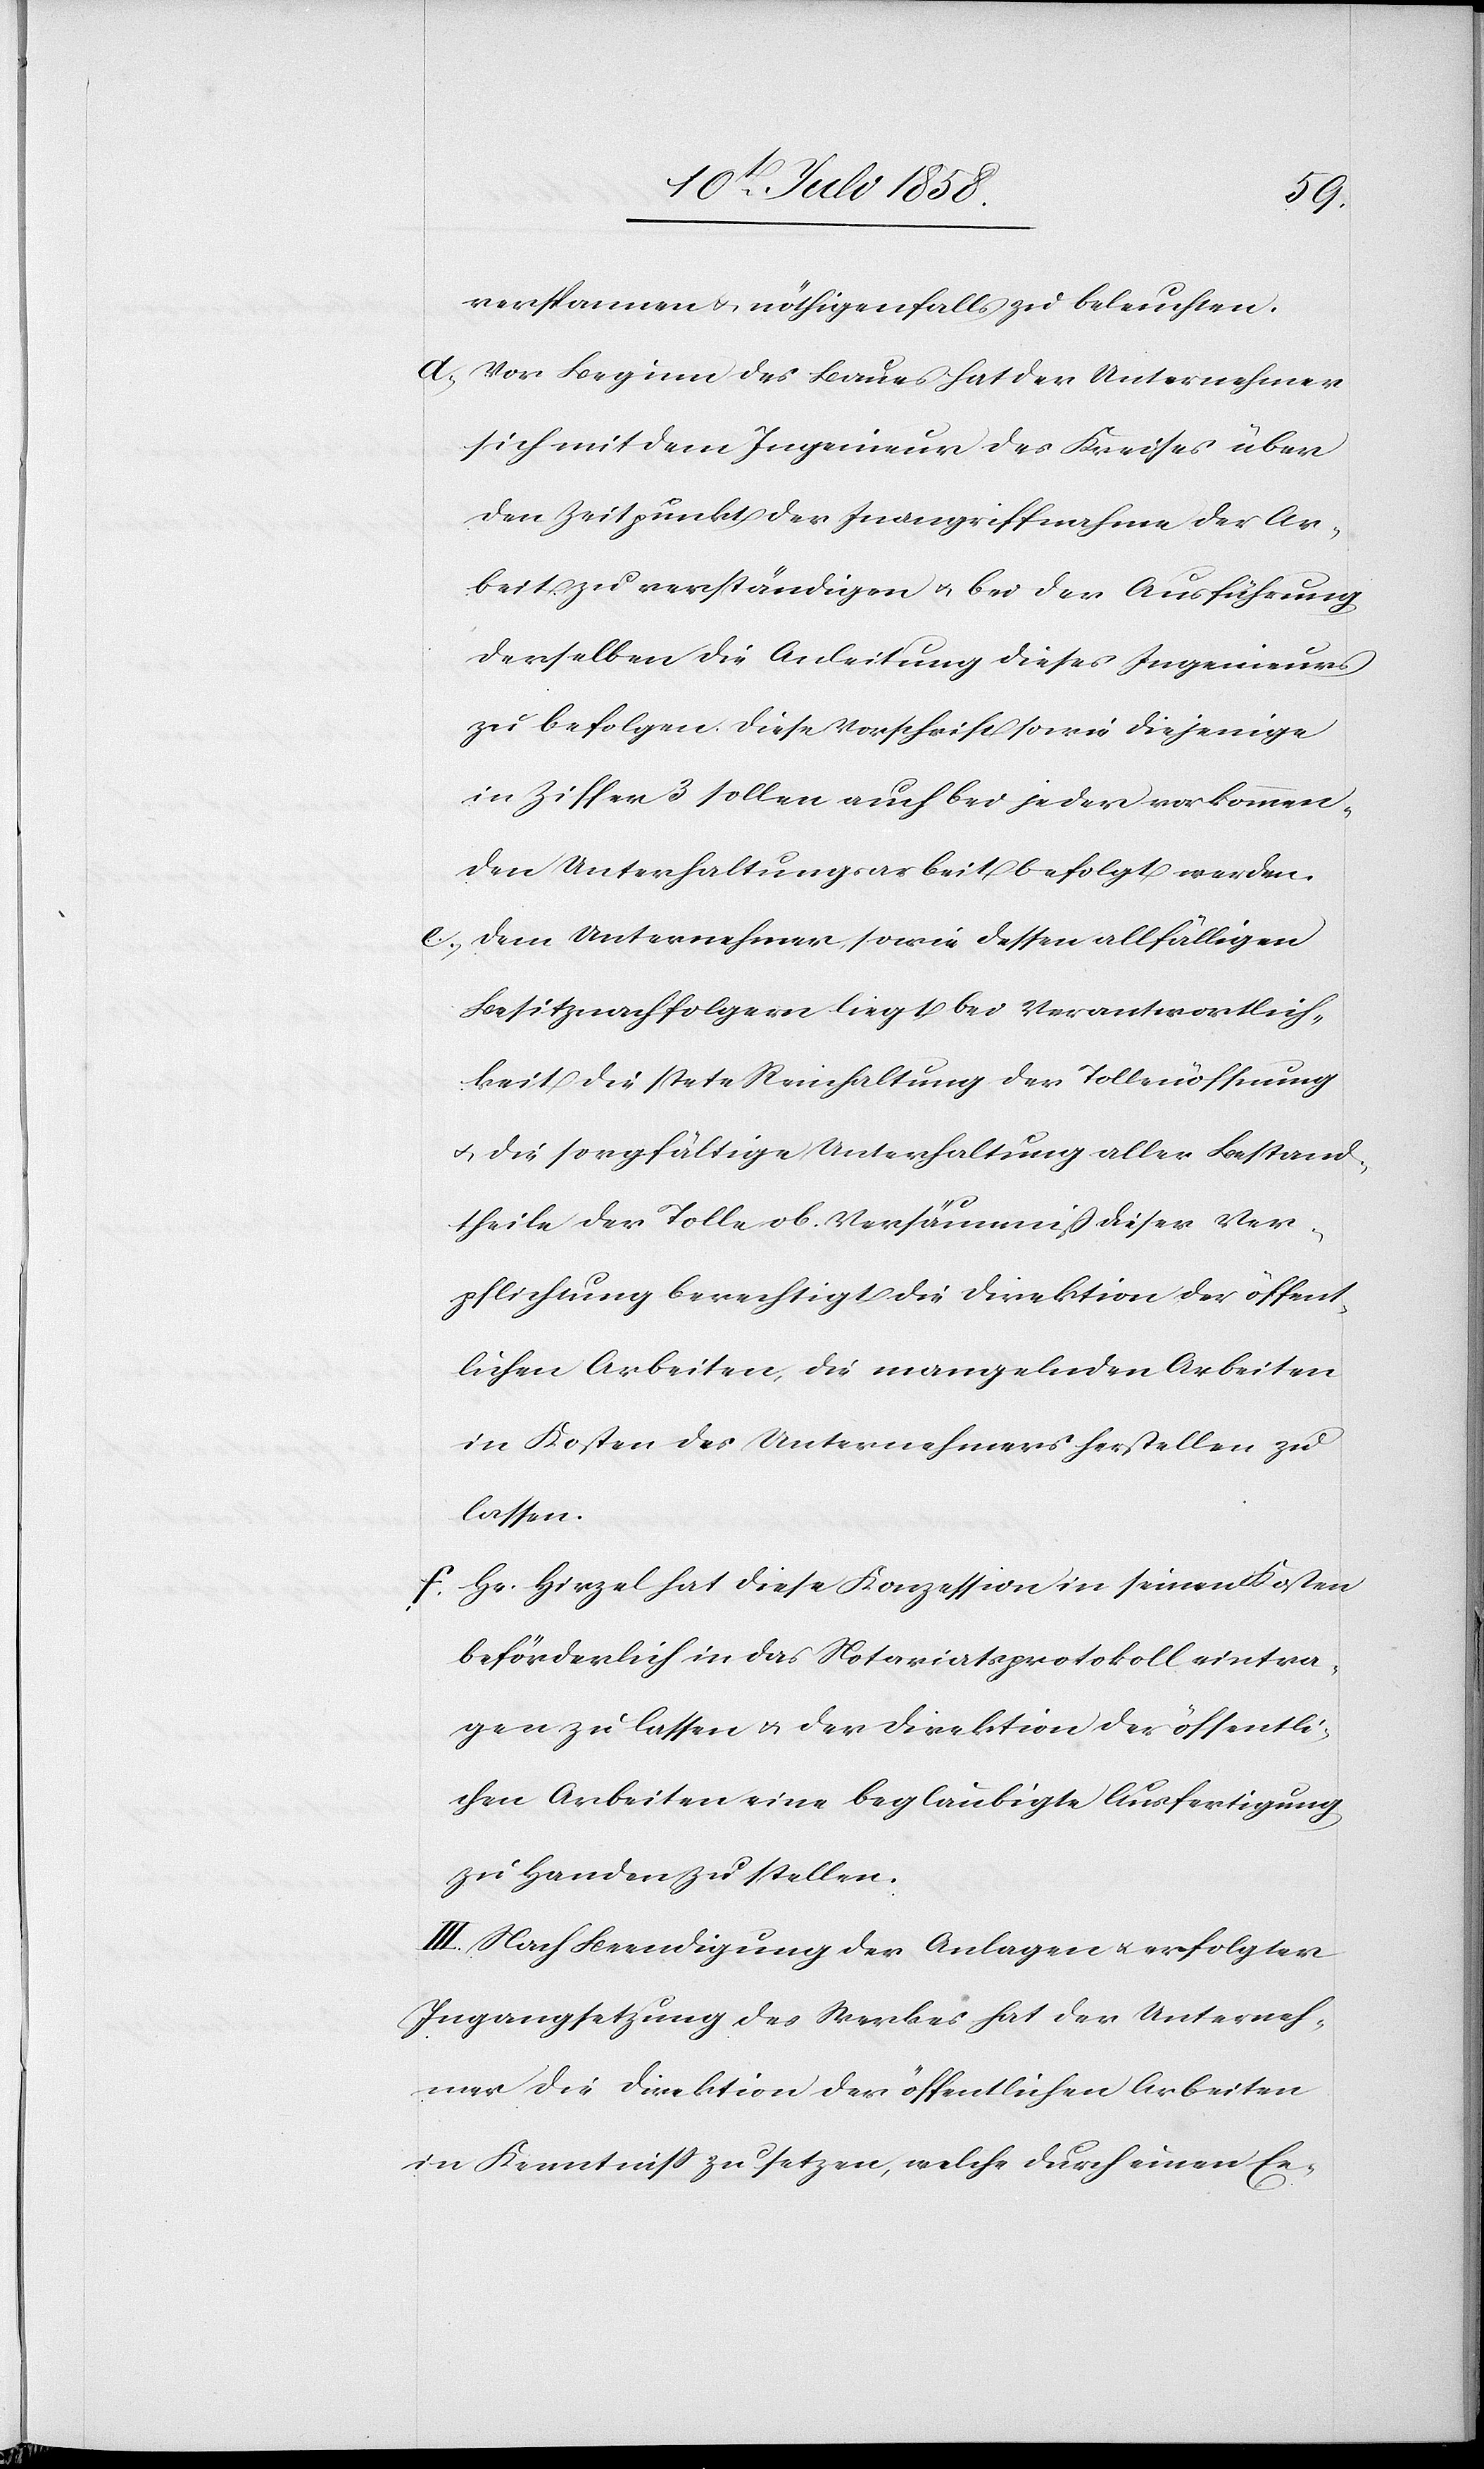
verspannen & nöthigenfalls zu beleuchten.
Vor Beginn des Baues hat der Unternehmer
sich mit dem Ingenieur des Kreises über
den Zeitpunkt der Inangriffnahme der Ar¬
beit zu verständigen & bei der Ausführung
derselben die Anleitung dieses Ingenieurs
zu befolgen. Diese Vorschrift sowie diejenige
in Ziffer 3 sollen auch bei jeder vorkommen¬
den Unterhaltungsarbeit befolgt werden.
Dem Unternehmer, sowie dessen allfälligen
Besitznachfolgern liegt bei Verantwortlich¬
keit die stete Reinhaltung der Tollenöffnung
& die sorgfältige Unterhaltung aller Bestand¬
theile der Tolle ob. Versäumniß dieser Ver¬
pflichtung berechtigt die Direktion der öffent¬
lichen Arbeiten, die mangelnden Arbeiten
in Kosten des Unternehmers herstellen zu
lassen.
Hr. Hirzel hat diese Konzession in seinen Kosten
beförderlich in das Notariatsprotokoll eintra¬
gen zu lassen & der Direktion der öffentli¬
chen Arbeiten eine beglaubigte Ausfertigung
zu Handen zu stellen.
III. Nach Beendigung der Anlagen & erfolgter
Ingangsetzung des Werkes hat der Unterneh¬
mer die Direktion der öffentlichen Arbeiten
in Kenntniss zu setzen, welche durch einen Ex-